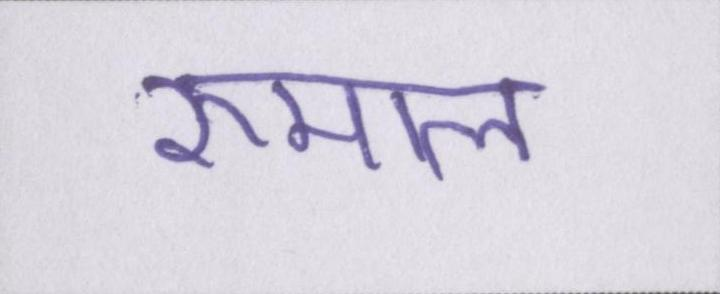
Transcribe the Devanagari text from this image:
रुमाल